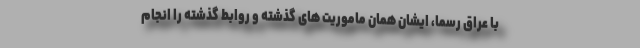
با عراق رسما، ایشان همان ماموریت های گذشته و روابط گذشته را انجام